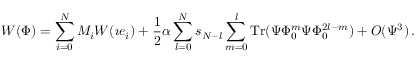
W ( \Phi ) = \sum _ { i = 0 } ^ { N } M _ { i } W ( \imath e _ { i } ) + \frac { 1 } { 2 } \alpha \sum _ { l = 0 } ^ { N } s _ { N - l } \sum _ { m = 0 } ^ { l } \mathrm { T r } ( \Psi \Phi _ { 0 } ^ { m } \Psi \Phi _ { 0 } ^ { 2 l - m } ) + { \cal O } ( \Psi ^ { 3 } ) \, .